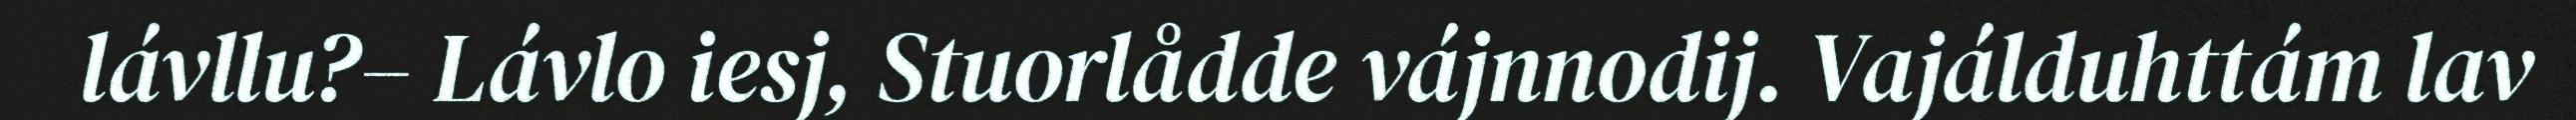
lávllu?– Lávlo iesj, Stuorlådde vájnnodij. Vajálduhttám lav